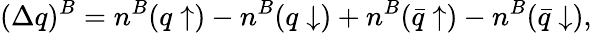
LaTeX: (\Delta q)^{B}=n^{B}(q\uparrow)-n^{B}(q\downarrow)+n^{B}(\bar{q}\uparrow)-n^{B}(\bar{q}\downarrow),